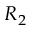
R _ { 2 }